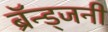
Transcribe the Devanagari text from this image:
ब्रॅन्ड्जनी